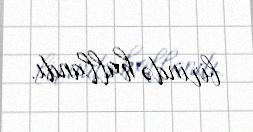
birində hallandı.